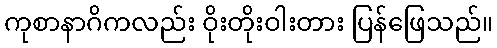
ကုစာနာဂိကလည်း ဝိုးတိုးဝါးတား ပြန်ဖြေသည်။